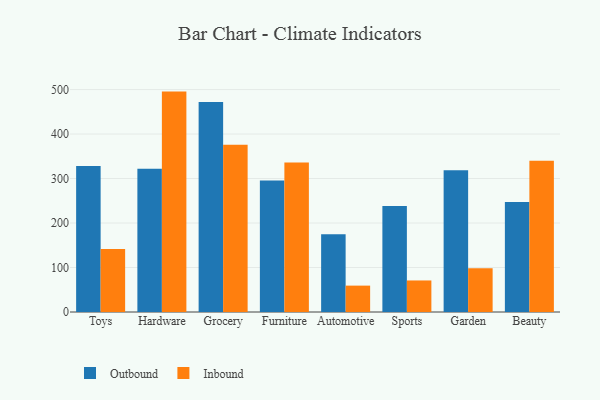
{"axis": {"x": "Category", "y": "Conversion Rate (%)"}, "legend": ["Inbound", "Outbound"], "data": [{"x": "Toys", "y": 327.9, "type": "Outbound"}, {"x": "Toys", "y": 141.8, "type": "Inbound"}, {"x": "Hardware", "y": 322.1, "type": "Outbound"}, {"x": "Hardware", "y": 495.4, "type": "Inbound"}, {"x": "Grocery", "y": 472.0, "type": "Outbound"}, {"x": "Grocery", "y": 376.1, "type": "Inbound"}, {"x": "Furniture", "y": 295.3, "type": "Outbound"}, {"x": "Furniture", "y": 335.9, "type": "Inbound"}, {"x": "Automotive", "y": 174.6, "type": "Outbound"}, {"x": "Automotive", "y": 59.3, "type": "Inbound"}, {"x": "Sports", "y": 238.3, "type": "Outbound"}, {"x": "Sports", "y": 70.9, "type": "Inbound"}, {"x": "Garden", "y": 318.4, "type": "Outbound"}, {"x": "Garden", "y": 98.1, "type": "Inbound"}, {"x": "Beauty", "y": 247.0, "type": "Outbound"}, {"x": "Beauty", "y": 340.0, "type": "Inbound"}]}